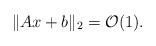
LaTeX: \begin{align*}\|Ax+b\|_2=\mathcal O(1).\end{align*}